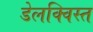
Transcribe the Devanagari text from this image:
डेलक्विस्त